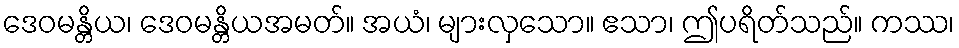
ဒေဝမန္တိယ၊ ဒေဝမန္တိယအမတ်။ အယံ၊ များလှသော။ ဧသာ၊ ဤပရိတ်သည်။ ကဿ၊